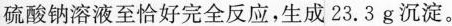
硫酸钠溶液至恰好完全反应，生成23.3g沉淀。